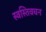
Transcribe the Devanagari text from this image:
स्वस्तिवचन